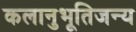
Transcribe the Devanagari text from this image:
कलानुभूतिजन्य